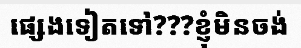
ផ្សេងទៀតទៅ???ខ្ញុំមិនចង់